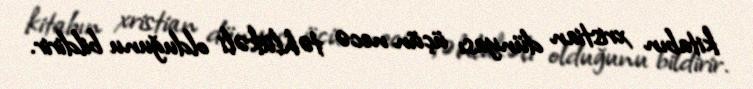
kitabın xristian dünyası üçün necə təhlükəli olduğunu bildirir.